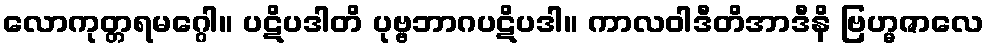
လောကုတ္တရမဂ္ဂေါ။ ပဋိပဒါတိ ပုဗ္ဗဘာဂပဋိပဒါ။ ကာလဝါဒီတိအာဒီနိ ဗြဟ္မဇာလေ